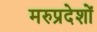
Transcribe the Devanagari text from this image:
मरुप्रदेशों